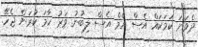
ދެވަނަ ކަމަކަައް އެސް އެމް އެސް ލިބުނު ވަރު ހާމަ ކުރަން ޖެހޭ.